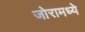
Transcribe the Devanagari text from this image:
जोरामध्ये